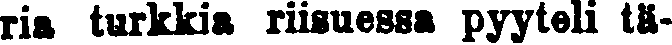
ria turkkia riisuessa pyyteli ta-